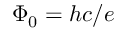
\Phi _ { 0 } = h c / e